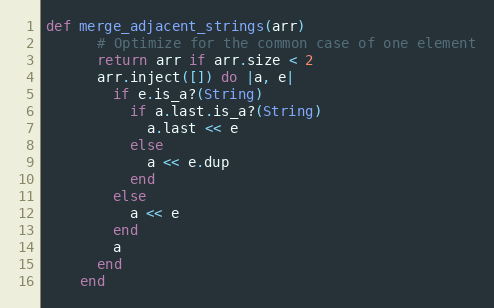
Language: Ruby
def merge_adjacent_strings(arr)
      # Optimize for the common case of one element
      return arr if arr.size < 2
      arr.inject([]) do |a, e|
        if e.is_a?(String)
          if a.last.is_a?(String)
            a.last << e
          else
            a << e.dup
          end
        else
          a << e
        end
        a
      end
    end